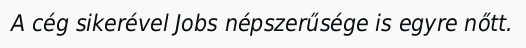
A cég sikerével Jobs népszerűsége is egyre nőtt.